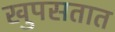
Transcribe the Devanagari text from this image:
खुपसतात